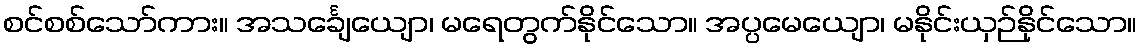
စင်စစ်သော်ကား။ အသင်္ချေယျော၊ မရေတွက်နိုင်သော။ အပ္ပမေယျော၊ မနိုင်းယှဉ်နိုင်သော။